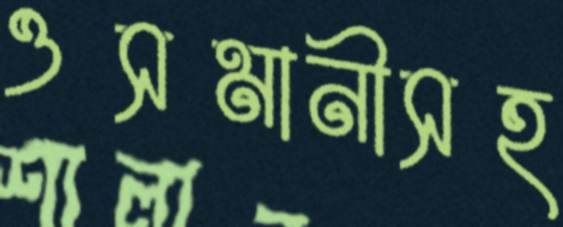
ওসমানীসহ